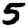
Digit: 5